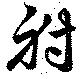
射